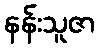
နန်းသူဇာ